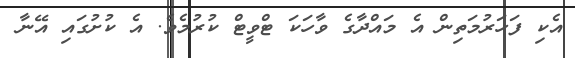
އެކި ފަހަރުމަތިން އެ މައްދާގެ ވާހަކަ ޓްވީޓް ކުރުމެވެ. އެ ކުށުގައި އޭނާ